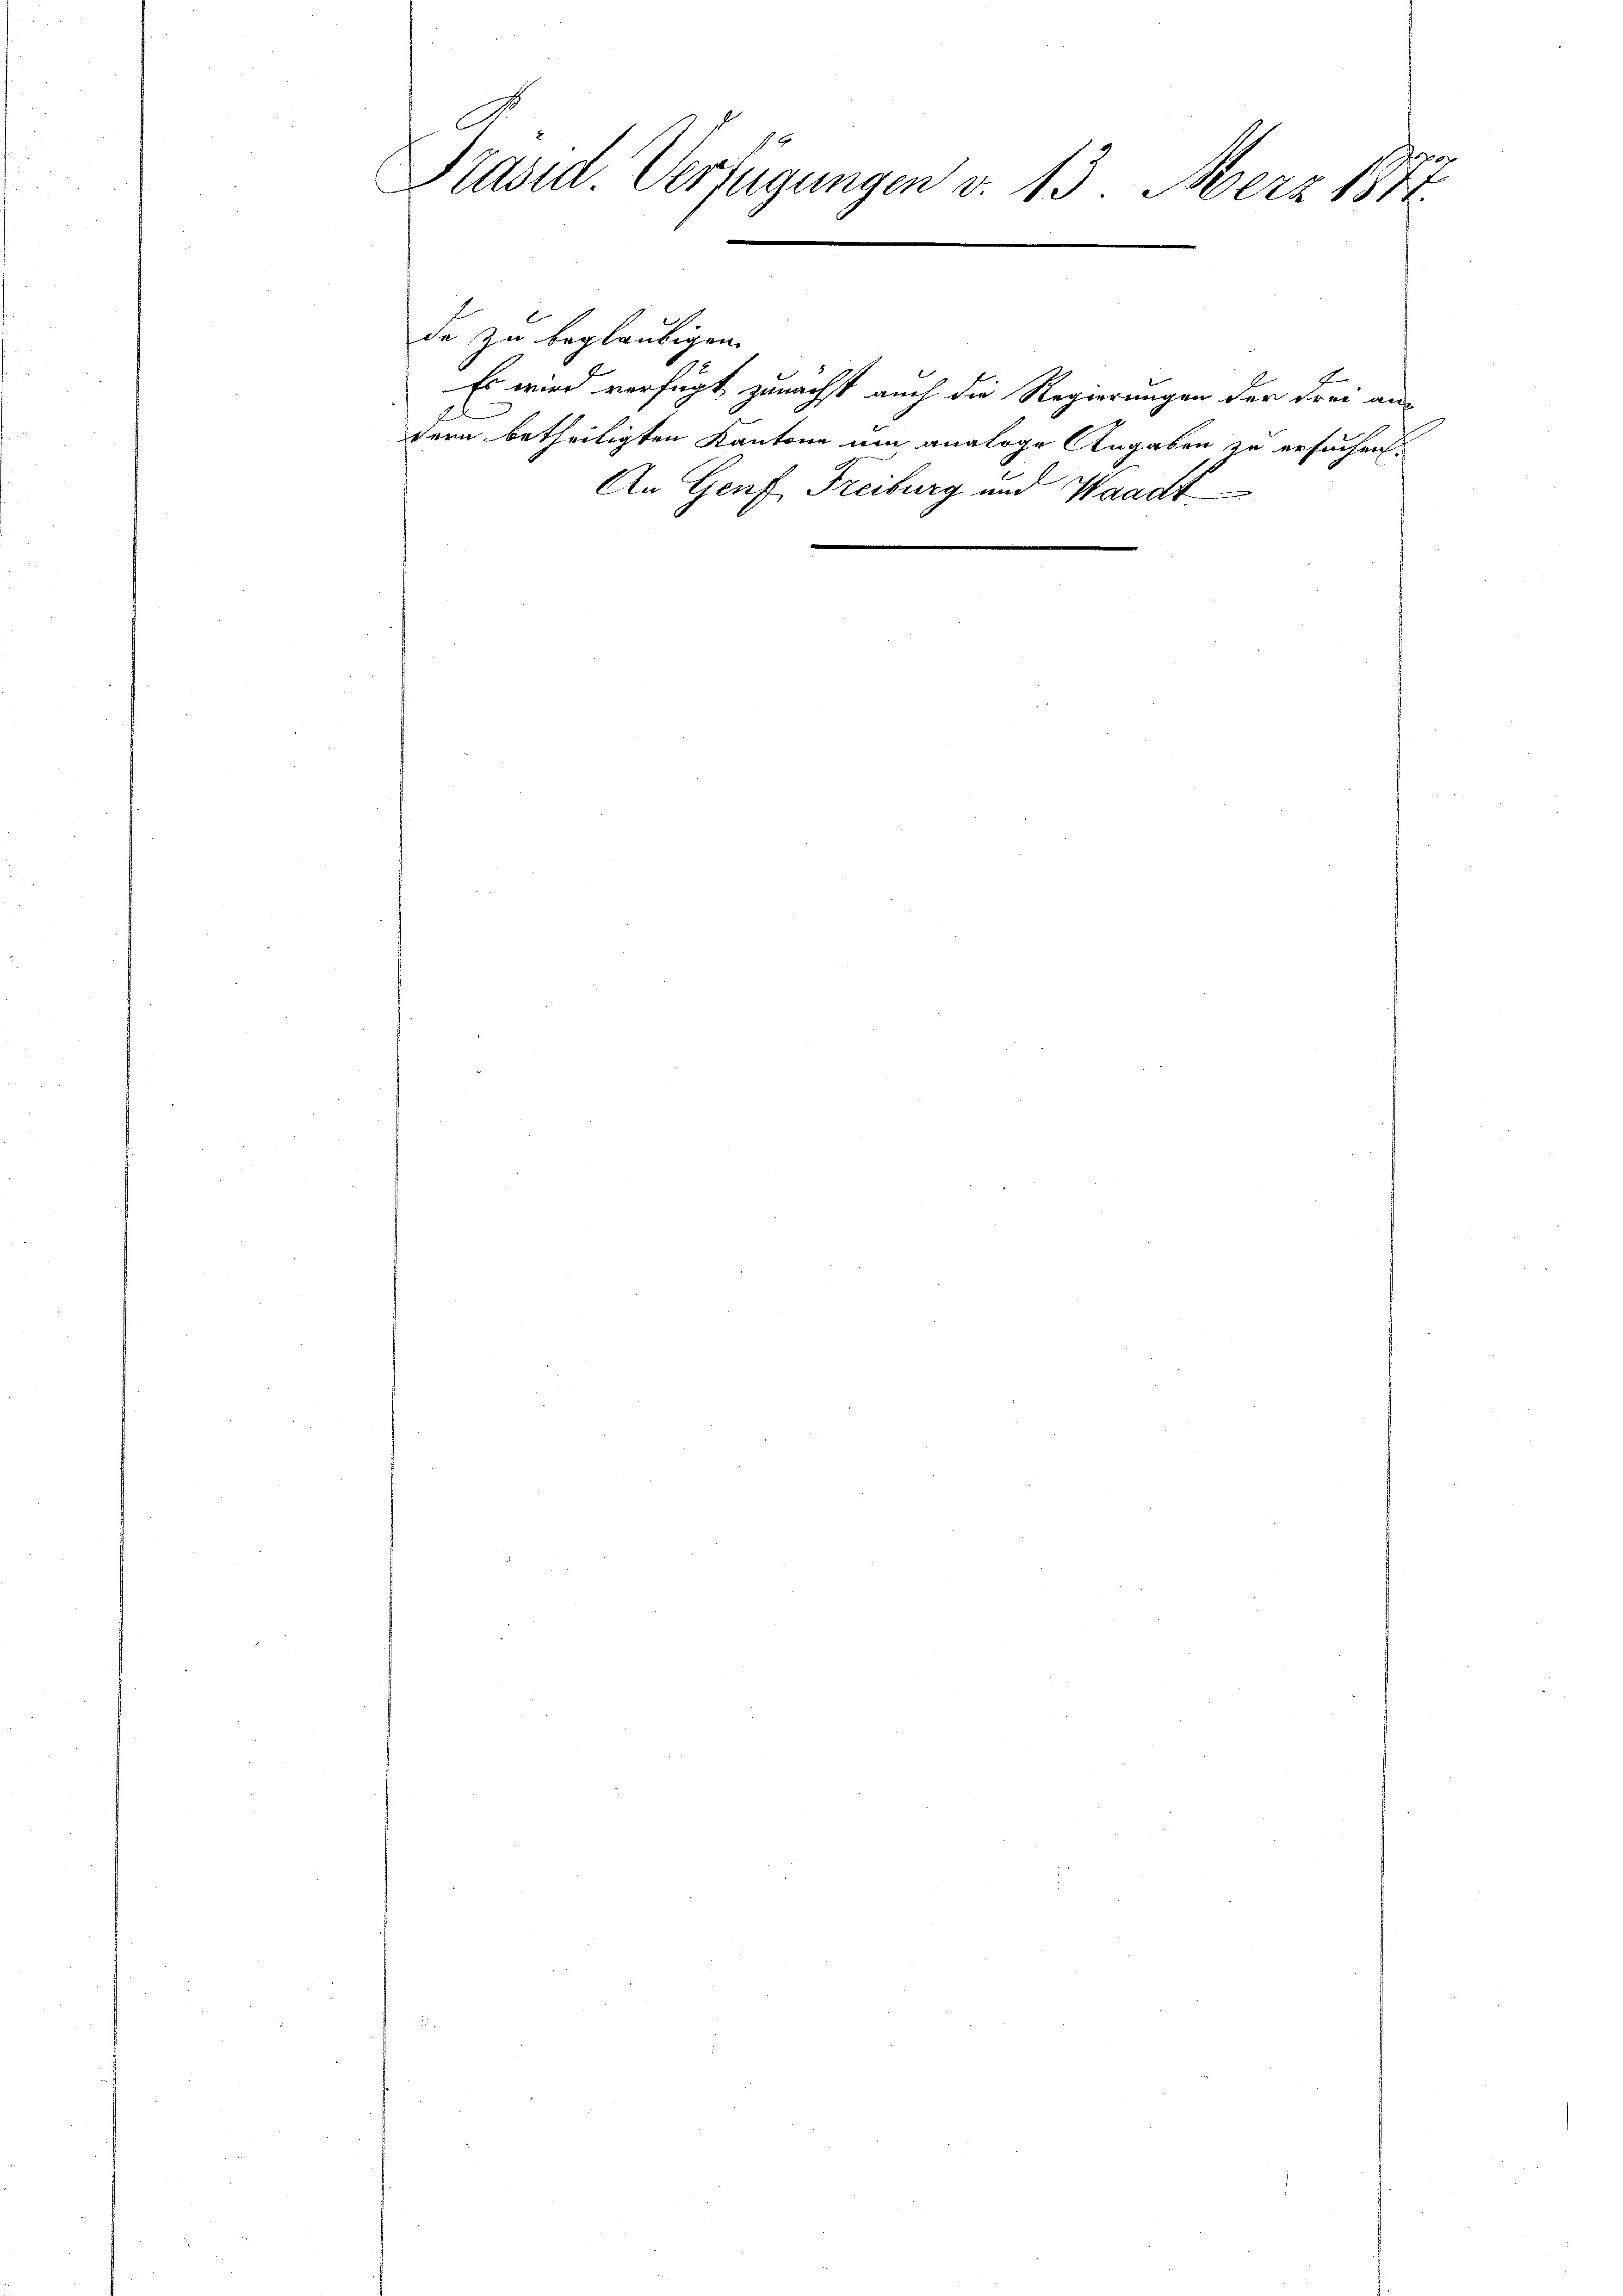
C.
Präsid. Verfügungen d. 13. März 1871
e

h
de zu beglaubigen.
Es wird verfügt, zunächst auch die Regierungen der Frei an-
tern betheiligten Kantone um analoge Angaben zu ersuchen.
An Genf, Freiburg und Waadt